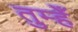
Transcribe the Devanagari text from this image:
तुम्हेँ